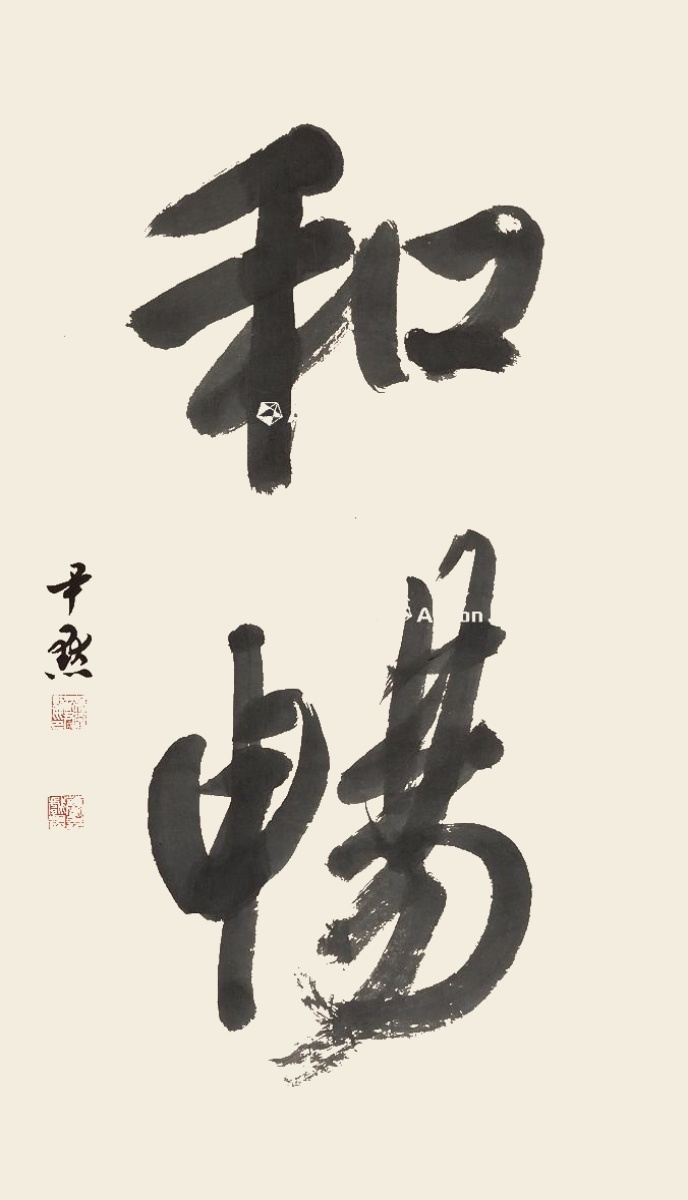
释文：和畅。尹默。